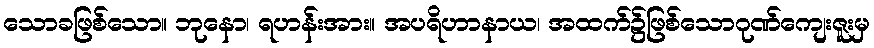
သောခဖြစ်သော။ ဘုနော၊ ရဟန်းအား။ အပရိဟာနာယ၊ အထက်၌ဖြစ်သောဂုဏ်ကျေးဇူးမှ